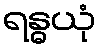
ရန္ဓယုံ